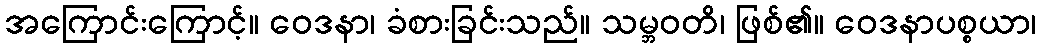
အကြောင်းကြောင့်။ ဝေဒနာ၊ ခံစားခြင်းသည်။ သမ္ဘဝတိ၊ ဖြစ်၏။ ဝေဒနာပစ္စယာ၊